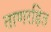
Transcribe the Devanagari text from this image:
ताणरहित